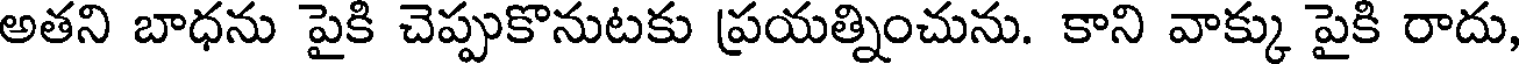
అతని బాధను పైకి చెప్పుకొనుటకు ప్రయత్నించును. కాని వాక్కు పైకి రాదు,